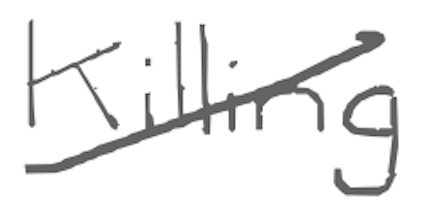
Text: Killing
Cross-out: diagonal
Writing tool: digital_gray